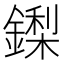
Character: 鏫